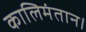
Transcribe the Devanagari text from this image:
कालिमंतान।